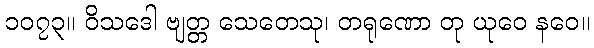
၁၀၇၃။ ဝိသဒေါ ဗျတ္တ သေတေသု၊ တရုဏော တု ယုဝေ နဝေ။